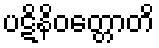
ပဋိနိဝတ္တောတိ